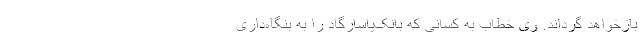
بازخواهد گرداند. وی خطاب به کسانی که بانک‌پاسارگاد را به بنگاه‌داری